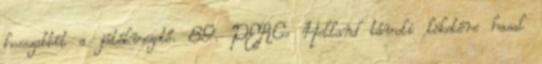
hosszabbít a játékvezető. 89. PERC: Helland távoli löketére hasal